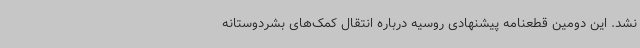
نشد. این دومین قطعنامه پیشنهادی روسیه درباره انتقال کمک‌های بشردوستانه